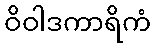
ဝိဝါဒကာရိကံ